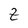
Character: Z